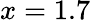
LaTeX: x=1.7